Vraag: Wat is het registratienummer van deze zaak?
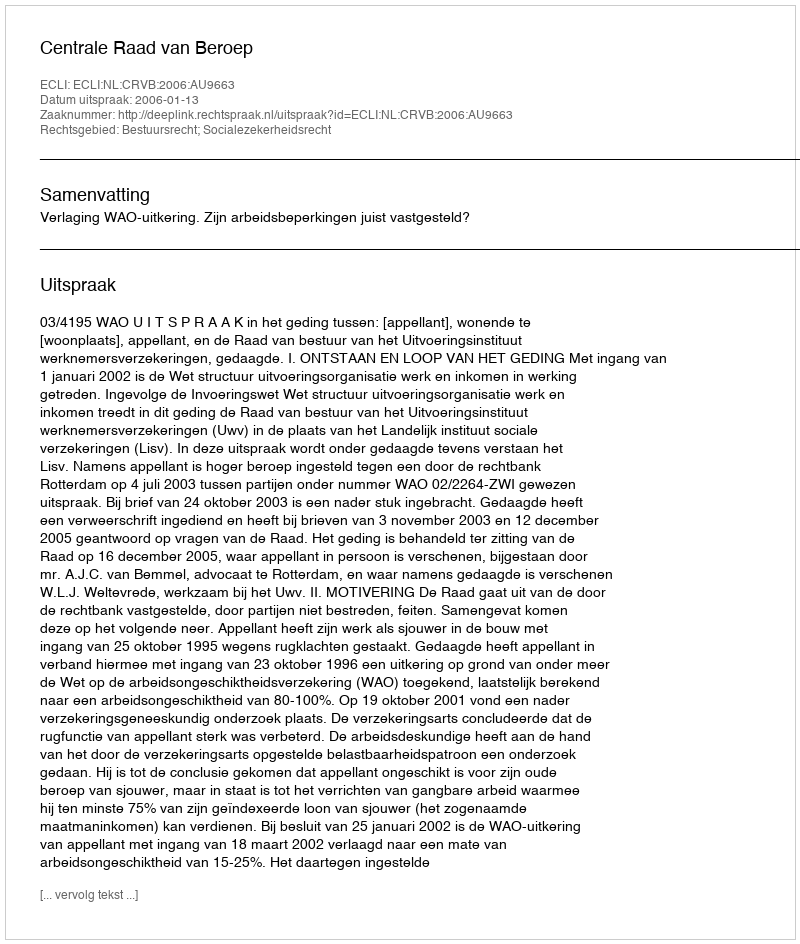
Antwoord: http://deeplink.rechtspraak.nl/uitspraak?id=ECLI:NL:CRVB:2006:AU9663